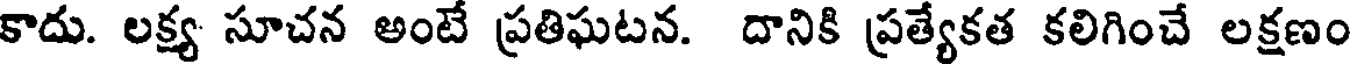
కాదు. లక్ష్య సూచన అంటే ప్రతిఘటన. దానికి ప్రత్యేకత కలిగించే లక్షణం